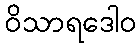
ဝိသာရဒေါဝ